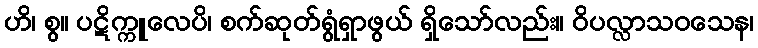
ဟိ၊ စွ။ ပဋိက္ကူလေပိ၊ စက်ဆုတ်ရွံရှာဖွယ် ရှိသော်လည်း။ ဝိပလ္လာသဝသေန၊